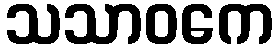
သသာဝကေ